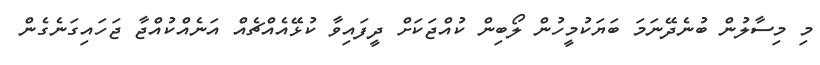
މި މިސާލުން ބުނެދޭނަމަ ބަޔަކުމީހުން ލޯބިން ކުއްޖަކަށް ދީފައިވާ ކުޅޭއެއްޗެއް އަނެއްކުއްޖާ ޖަހައިގަނެގެން